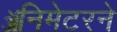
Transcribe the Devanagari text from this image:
ॲनिमेटरने